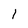
Character: l